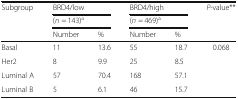
<table><thead><tr><td rowspan="3"><b>Subgroup</b></td><td colspan="2"><b>BRD4/low</b></td><td colspan="2"><b>BRD4/high</b></td><td rowspan="3"><b><i>P</i>-value**</b></td></tr><tr><td colspan="2"><b>(<i>n</i> = 143)<sup>a</sup></b></td><td colspan="2"><b>(<i>n</i> = 469)<sup>a</sup></b></td></tr><tr><td><b>Number</b></td><td><b>%</b></td><td><b>Number</b></td><td><b>%</b></td></tr></thead><tbody><tr><td>Basal</td><td>11</td><td>13.6</td><td>55</td><td>18.7</td><td>0.068</td></tr><tr><td>Her2</td><td>8</td><td>9.9</td><td>25</td><td>8.5</td><td></td></tr><tr><td>Luminal A</td><td>57</td><td>70.4</td><td>168</td><td>57.1</td><td></td></tr><tr><td>Luminal B</td><td>5</td><td>6.1</td><td>46</td><td>15.7</td><td></td></tr></tbody></table>